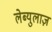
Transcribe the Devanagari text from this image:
लेब्युलाज़